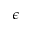
\epsilon